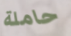
حاملة